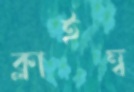
ক্লাইম্ব